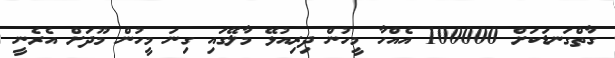
ގާތްގަނޑަކަށް 100000 އެއްހާ މީހުން ދިރިއުޅޭ މާލޭގައި ގިނަ މީހުން މޫދަށް އެރެނީ